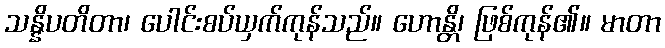
သန္နိပတိတာ၊ ပေါင်းစပ်ယှက်ကုန်သည်။ ဟောန္တိ၊ ဖြစ်ကုန်၏။ မာတာ